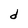
Character: d